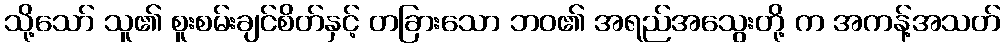
သို့သော် သူ၏ စူးစမ်းချင်စိတ်နှင့် တခြားသော ဘဝ၏ အရည်အသွေးတို့ က အကန့်အသတ်